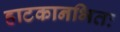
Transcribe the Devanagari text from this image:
हाटकानभितः